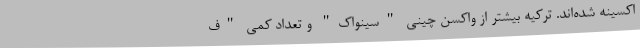
اکسینه شده‌اند. ترکیه بیشتر از واکسن چینی "سینواک" و تعداد کمی "ف